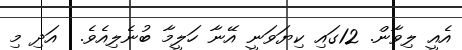
އެއީ ލިވާން. 12ގައި ކިޔަވަނީ އޭނާ ހަލީމާ ބުނެލިއެވެ.  އަދި މި